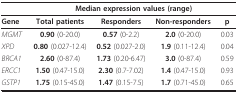
|  | <COLSPAN=4> Median expression values (range) |
 | --- | --- | --- | --- | --- |
 | Gene | Total patients | Responders | Non-responders | p |
 | MGMT | 0.90 (0-20.0) | 0.57 (0-2.2) | 2.0 (0-20.0) | 0.03 |
 | XPD | 0.80 (0.027-12.4) | 0.52 (0.027-2.0) | 1.9 (0.11-12.4) | 0.04 |
 | BRCA1 | 2.60 (0-87.4) | 1.73 (0.20-6.47) | 3.0 (0-87.4) | 0.59 |
 | ERCC1 | 1.50 (0.47-15.0) | 2.30 (0.7-7.02) | 1.4 (0.47-15.0) | 0.93 |
 | GSTP1 | 1.75 (0.15-45.0) | 1.47 (0.15-7.5) | 1.7 (0.71-45.0) | 0.65 |